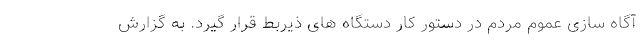
آگاه سازی عموم مردم در دستور کار دستگاه های ذیربط قرار گیرد. به گزارش